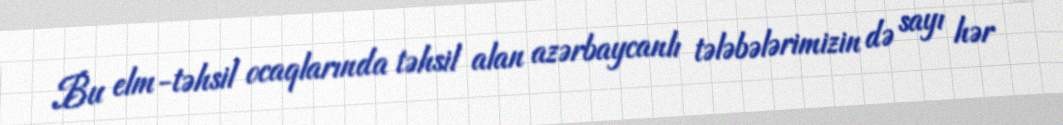
Bu elm-təhsil ocaqlarında təhsil alan azərbaycanlı tələbələrimizin də sayı hər